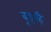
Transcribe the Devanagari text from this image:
बूझहि